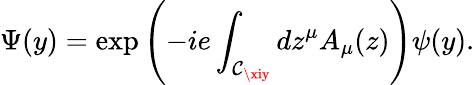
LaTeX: \Psi(y)=\exp\left({-ie\int_{\mathcal{C}_{\xiy}}{dz^{\mu}A_{\mu}(z)}}\right)\psi(y).